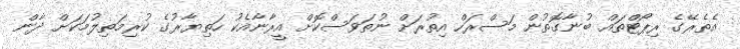
އެތެރޭގެ ރިޕޯޓްތައް ބުނާގޮތުން މަސްރަހް އިތުރަށް ނުތަވަސްކޮށް އީރާނާއެކު ހަތިޔާރުގެ ކުރިމަތިލުމަކަށް ދާން